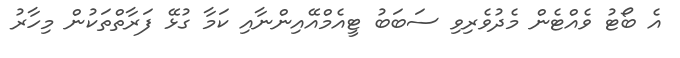
އެ ބޯޓު ވެއްޓެން މެދުވެރިވި ސަބަބު ޓީއެމްއޭއިންނާއި ކަމާ ގުޅޭ ފަރާތްތަކުން މިހާރު